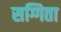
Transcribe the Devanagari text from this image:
सग्गिता